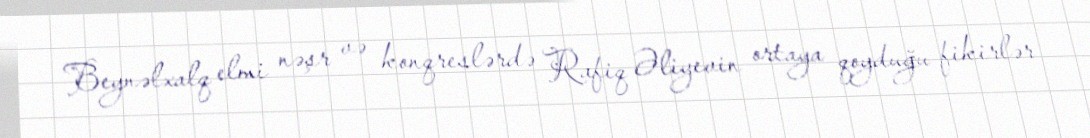
Beynəlxalq elmi nəşr və konqreslərdə Rafiq Əliyevin ortaya qoyduğu fikirlər